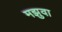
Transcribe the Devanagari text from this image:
मझुवा